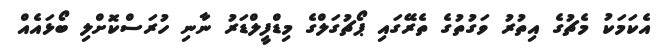
އެކަމަކު މެޗުގެ އިތުރު ވަގުތުގެ ތެރޭގައި ޕޯޗުގަލްގެ މިޑްފީލްޑަރު ނާނި ހުރަސްކޮށްލި ބޯޅައެއް